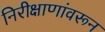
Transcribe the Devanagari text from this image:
निरीक्षाणांवरून